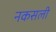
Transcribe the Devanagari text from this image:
नकसली